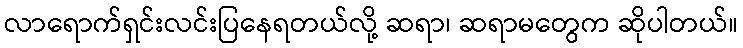
လာရောက်ရှင်းလင်းပြနေရတယ်လို့ ဆရာ၊ ဆရာမတွေက ဆိုပါတယ်။